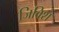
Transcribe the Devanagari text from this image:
जिविश